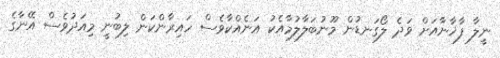
ނީލާ ފާޚާނާއަށް ވަދެ ލޯގަނޑުން މޫނުބަލާލުމާއެކު އަނެއްކާވެސް ހައިރާންކަން ލިބުނީ މިއަދުވެސް އޭނާގެ